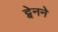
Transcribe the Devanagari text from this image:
ट्वेनने